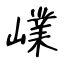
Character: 嶫